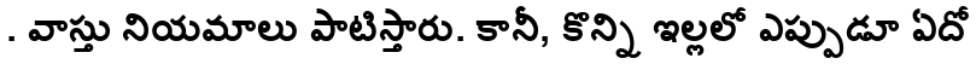
. వాస్తు నియమాలు పాటిస్తారు. కానీ, కొన్ని ఇల్లలో ఎప్పుడూ ఏదో